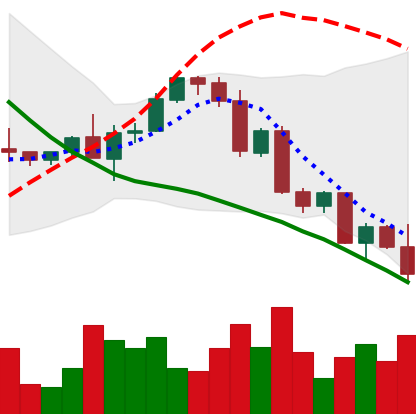
Ticker: ETH-USD
Chart end date: 2022-09-21
Forward return: 6.603%
Label: up_5_7